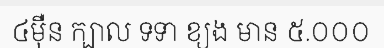
៤ម៉ឺន ក្បាល ទទា ខ្យង មាន ៥.០០០